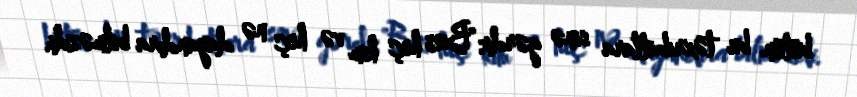
bütün bu təxribatlara sinə gərdi: "Bizi heç kim və heç nə dayandıra bilməzdi.